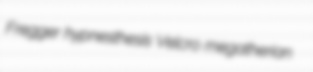
Fregger hypnesthesis Velcro megatherian